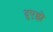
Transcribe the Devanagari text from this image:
दुएझे